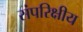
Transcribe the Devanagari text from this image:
संपरिक्षीय